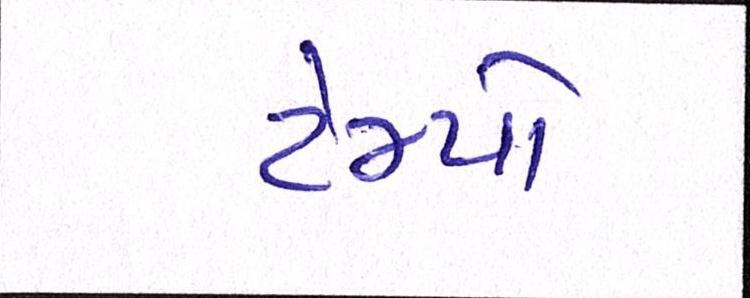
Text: ટેમ્પો